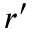
r ^ { \prime }